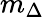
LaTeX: m_{\Delta}